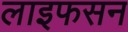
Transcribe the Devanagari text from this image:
लाइफसन